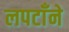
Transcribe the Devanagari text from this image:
लपटाँने